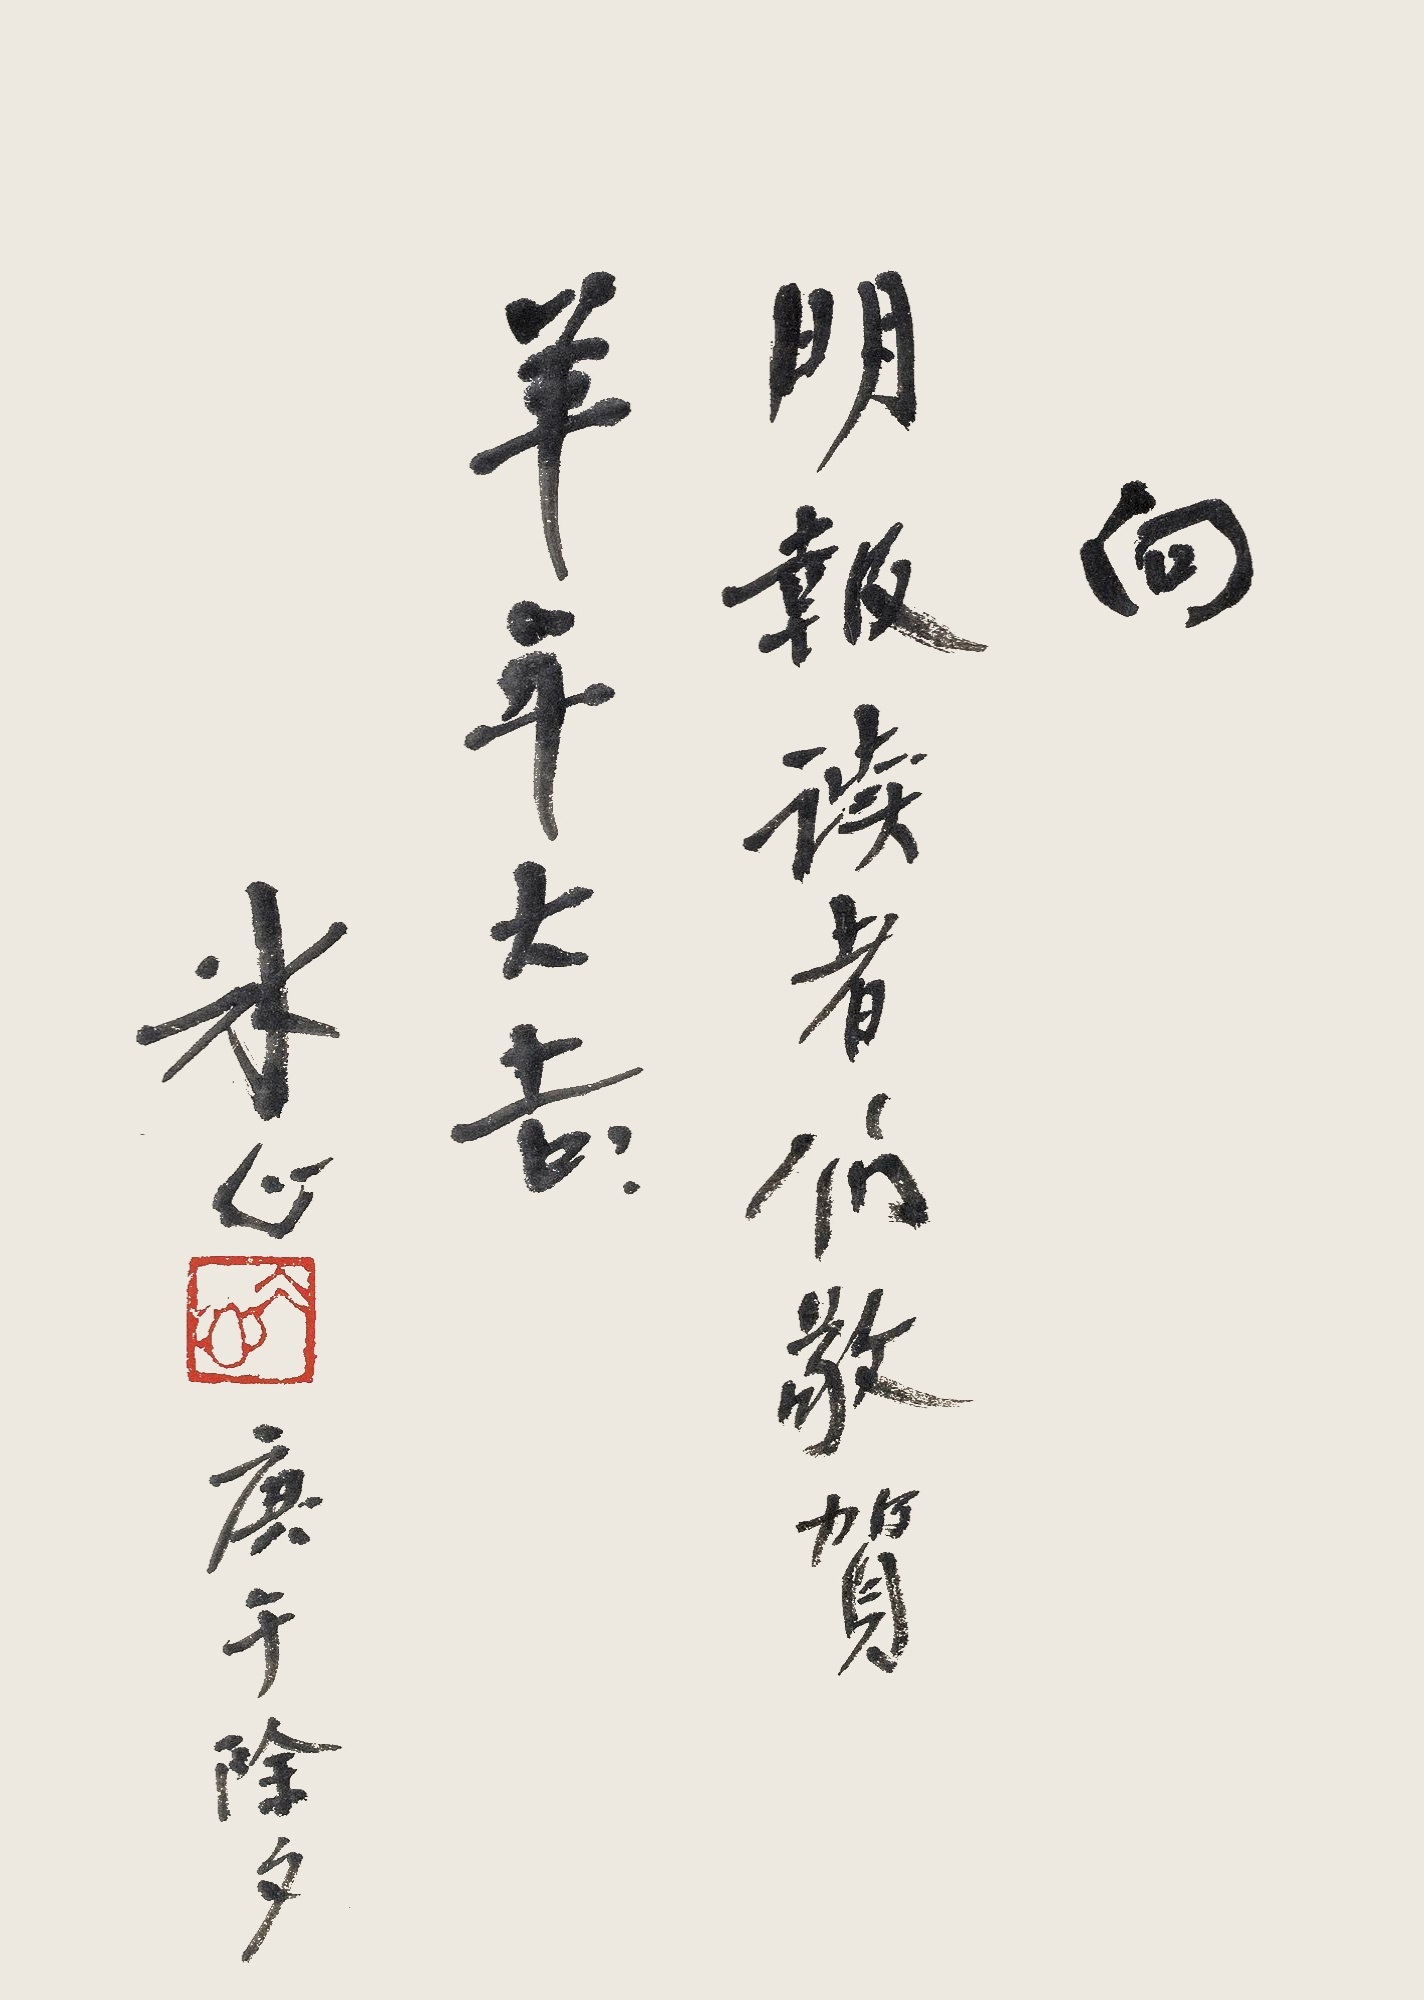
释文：向明报读者们敬贺，羊年大吉。冰心庚午除夕。